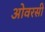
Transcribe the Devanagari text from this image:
ओवरसी